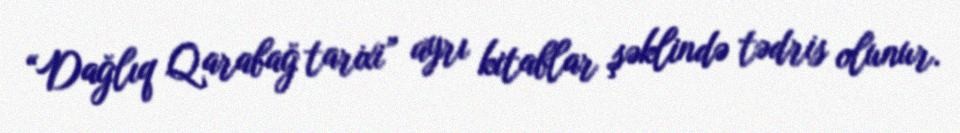
“Dağlıq Qarabağ tarixi” ayrı kitablar şəklində tədris olunur.